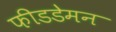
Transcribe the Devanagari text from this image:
फीडडेमन